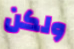
ولكن